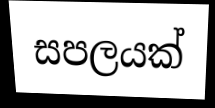
සපලයක්